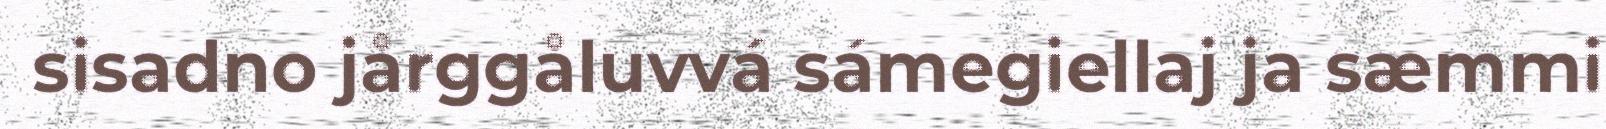
sisadno jårggåluvvá sámegiellaj ja sæmmi